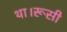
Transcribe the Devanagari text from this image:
था।रूसी